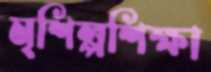
মৃশিল্পশিক্ষা